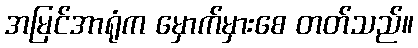
အမြင်အာရုံက မှောက်မှားစေ တတ်သည်။